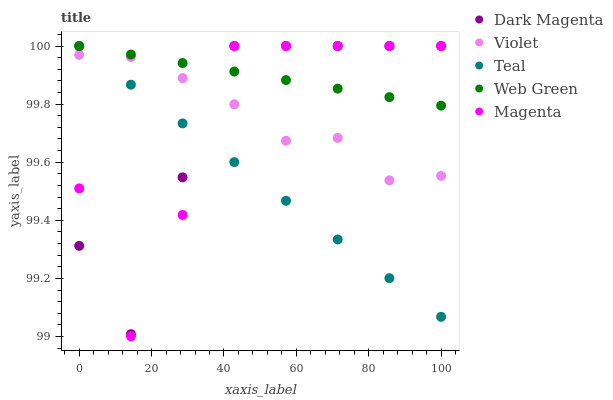
| xaxis_label | Dark Magenta | Violet | Teal | Web Green | Magenta |
 | --- | --- | --- | --- | --- | --- |
 | 0 | 99.3 | 100 | 100 | 100 | 99.5 |
 | 14.3 | 99 | 100 | 99.9 | 100 | 99 |
 | 28.6 | 99.5 | 99.9 | 99.7 | 99.9 | 99.4 |
 | 42.9 | 100 | 99.8 | 99.6 | 99.9 | 100 |
 | 57.1 | 100 | 99.7 | 99.5 | 99.9 | 100 |
 | 71.4 | 100 | 99.7 | 99.3 | 99.9 | 100 |
 | 85.7 | 100 | 99.5 | 99.2 | 99.8 | 100 |
 | 100 | 100 | 99.6 | 99.1 | 99.8 | 100 |